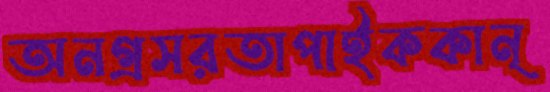
অনগ্রসরতাপাইককান্